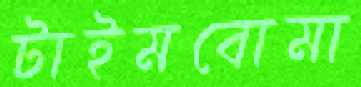
টাইমবোমা